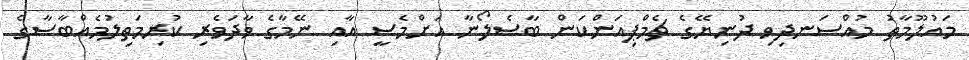
މައުލޫމާތު މުއްސަނދިވި ދުނިޔޭގެ ޗެމްޕިއަންކަން ބާސެލޯނާ އަށްމެސީ އާއި ނޭމާގެ ވާދަވެރި ކުރިމަތިލުމެއްބާސާގެ